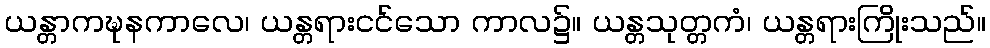
ယန္တာကဍ္ဎနကာလေ၊ ယန္တရားငင်သော ကာလ၌။ ယန္တသုတ္တကံ၊ ယန္တရားကြိုးသည်။